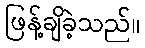
ဖြန့်ချိခဲ့သည်။